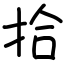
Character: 拾